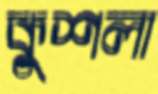
কুশলা